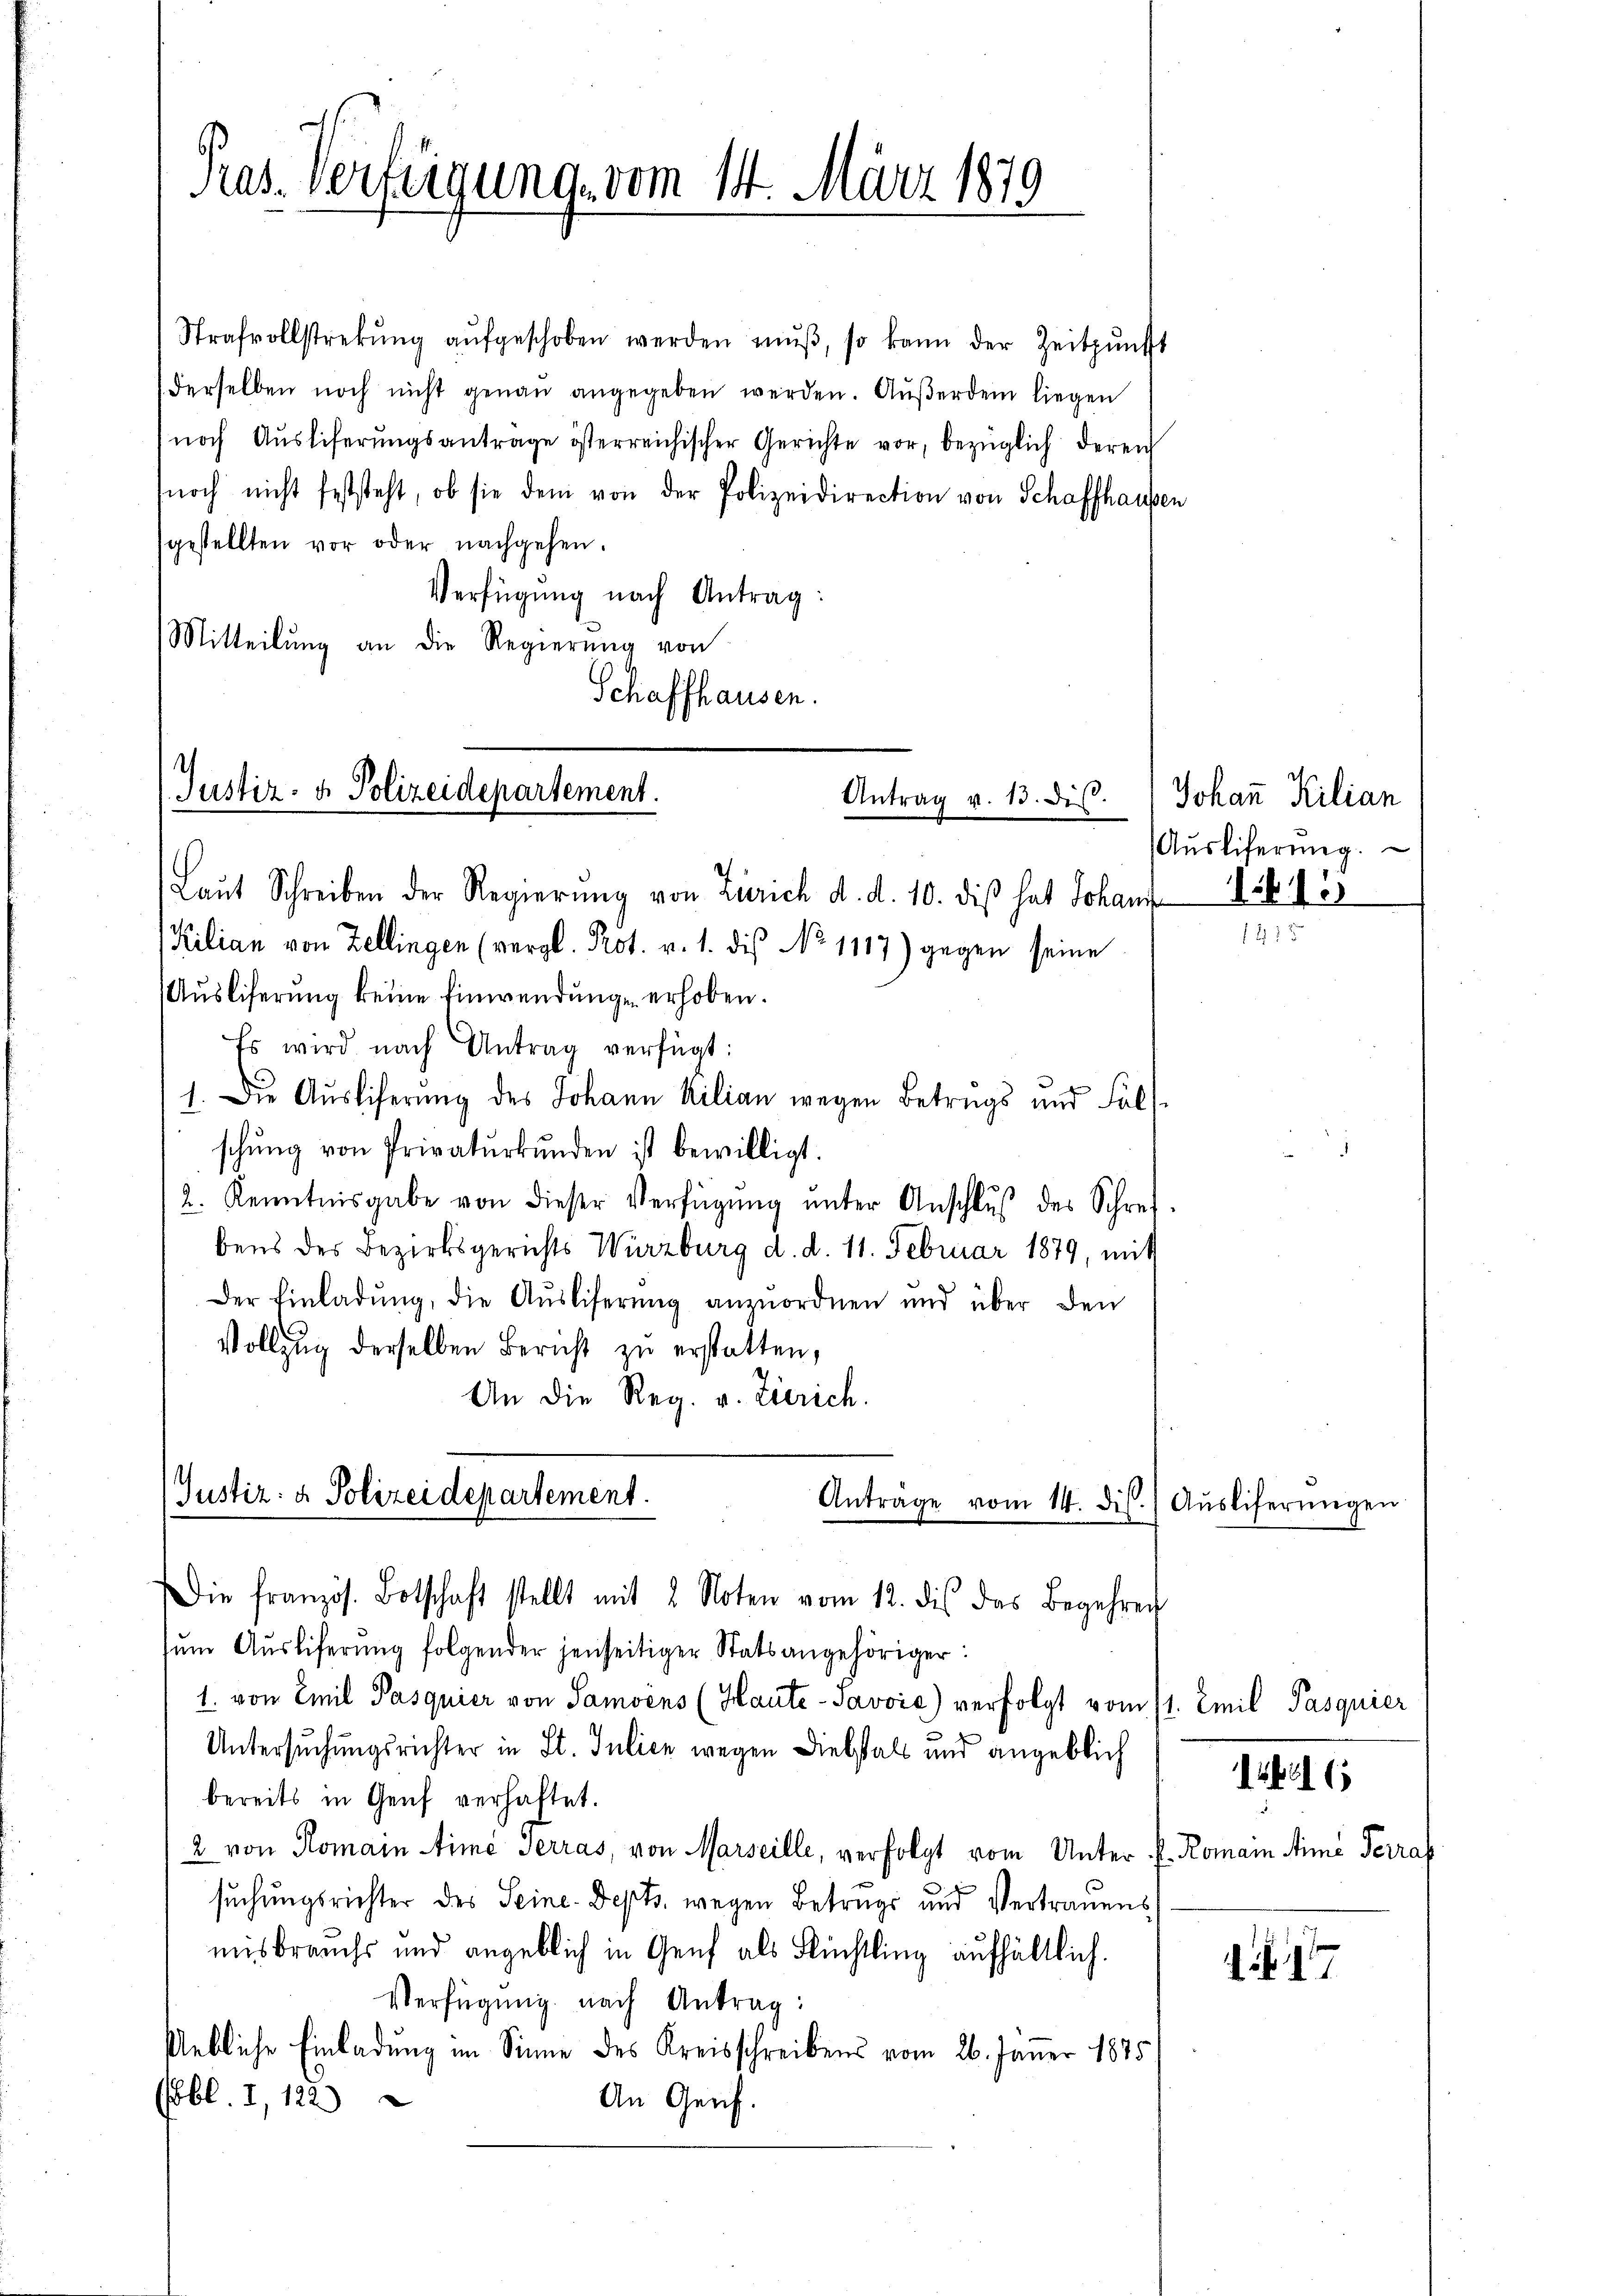
Pras. Verfügung vom 14. März 1879

Strafvollstrekŭng aŭfgeschoben werden mŭβ, so kann der Zeitpunkt
derselben noch nicht genau angegeben werden. Aŭβerdem liegen
noch Aŭsliferŭngsantrage österreichischer Gerichte vor, bezüglich deren
noch nicht feststeht, ob sie dem von der Polizeidirection von Schaffhausen
sgestellten vor oder nachgehen.
Verfügung nach Antrag:
Mitteilung an die Regierŭng von
Schaffhausen.

Justiz- & Polizeidepartement.
Antrag v. 13. Dis

Laŭt Schreiben der Regierŭng von Zürich d. d. 10. diβ hat Johann 1612
Kilian von Zellingen (vergl. Prot. v. 1. dis No 1117) gegen seine
Auslieferung keine Einwendung erhoben.
Es wird nach Antrag verfügt:
1. Die Ausliferung des Johann Kilian wegen Betrugs und Falschŭng von Privatŭrkŭnden ist bewilligt.
2. Kenntnisgabe von dieser Verfügŭng ŭnter Anschlŭβ des Schrei
bens des Bezirksgerichts Würzburg d. d. 11. Februar 1879, mit
Der Einladŭng, die Aŭsliferŭng anzŭordnen und über den
Vollzug derselben Bericht zu erstatten,
An die Reg. v. Zierich.

Justiz- & Polizeidepartement.
Anträge vom 14. dis.) Aŭsliferŭngen

Die französ. Botschaft stellt mit 2 Noten vom 12. dis das Begehren
ŭm Aŭsliferŭng folgender jenseitiger Statsangehöriger:
1. von Emil Pasquier von Samvens (Haute-Javoić) verfolgt vom
Untersuchungsrichter in St. Julich wegen Diebstalt und angeblich
bereits in Genf verhaftet.
2 von Romain ime Terras, von Marseille, verfolgt vom Unter P. Romain Arme Terraf
suchungsrichter des Seine-Depts. wegen Betrugs und Vertrauens
misbrauchs und angeblich in Genf als Füchtling aufhältlich.
Verfügŭng nach Antrag:
Uebliche Einladung im Sinne des Kreisschreibens vom 26. Jäṅer 1875
bl. I, 122)
An Genf.

Johann Kilian
Aŭsliferung.

e

1. Emil Pasquier

libi 6